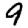
Digit: 9